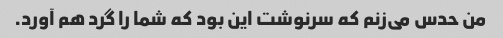
من حدس می‌زنم که سرنوشت این بود که شما را گرد هم آورد.